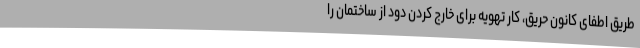
طریق اطفای کانون حریق، کار تهویه برای خارج کردن دود از ساختمان را